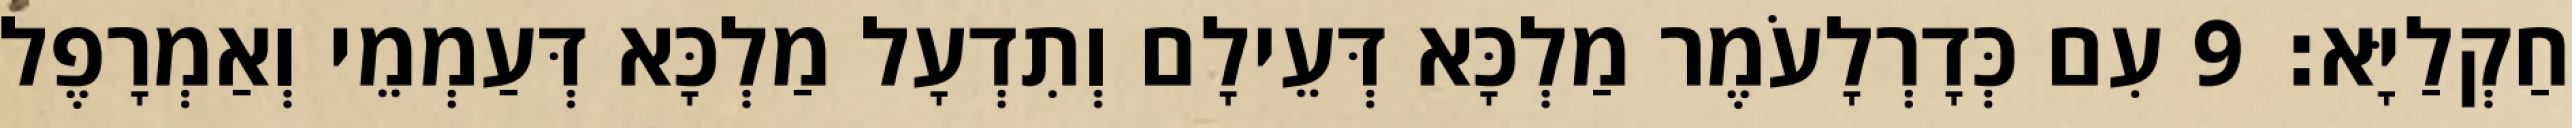
חַקְלַיָּא׃ 9 עִם כְּדָרְלָעֹמֶר מַלְכָּא דְּעֵילָם וְתִדְעָל מַלְכָּא דְּעַמְמֵי וְאַמְרָפֶל